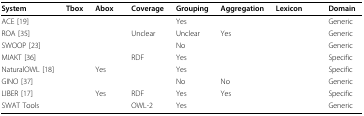
<table><thead><tr><td><b>System</b></td><td><b>Tbox</b></td><td><b>Abox</b></td><td><b>Coverage</b></td><td><b>Grouping</b></td><td><b>Aggregation</b></td><td><b>Lexicon</b></td><td><b>Domain</b></td></tr></thead><tbody><tr><td>ACE [19]</td><td>[EMPTY_CELL]</td><td>[EMPTY_CELL]</td><td>[EMPTY_CELL]</td><td>Yes</td><td>[EMPTY_CELL]</td><td>[EMPTY_CELL]</td><td>Generic</td></tr><tr><td>ROA [35]</td><td>[EMPTY_CELL]</td><td>[EMPTY_CELL]</td><td>Unclear</td><td>Unclear</td><td>Yes</td><td>[EMPTY_CELL]</td><td>Generic</td></tr><tr><td>SWOOP [23]</td><td>[EMPTY_CELL]</td><td>[EMPTY_CELL]</td><td>[EMPTY_CELL]</td><td>No</td><td>[EMPTY_CELL]</td><td>[EMPTY_CELL]</td><td>Generic</td></tr><tr><td>MIAKT [36]</td><td>[EMPTY_CELL]</td><td>[EMPTY_CELL]</td><td>RDF</td><td>Yes</td><td>[EMPTY_CELL]</td><td>[EMPTY_CELL]</td><td>Specific</td></tr><tr><td>NaturalOWL [18]</td><td>[EMPTY_CELL]</td><td>Yes</td><td>[EMPTY_CELL]</td><td>Yes</td><td>[EMPTY_CELL]</td><td>[EMPTY_CELL]</td><td>Specific</td></tr><tr><td>GINO [37]</td><td>[EMPTY_CELL]</td><td>[EMPTY_CELL]</td><td>[EMPTY_CELL]</td><td>No</td><td>No</td><td>[EMPTY_CELL]</td><td>Generic</td></tr><tr><td>LIBER [17]</td><td>[EMPTY_CELL]</td><td>Yes</td><td>RDF</td><td>Yes</td><td>Yes</td><td>[EMPTY_CELL]</td><td>Specific</td></tr><tr><td>SWAT Tools</td><td>[EMPTY_CELL]</td><td>[EMPTY_CELL]</td><td>OWL-2</td><td>Yes</td><td>[EMPTY_CELL]</td><td>[EMPTY_CELL]</td><td>Generic</td></tr></tbody></table>